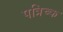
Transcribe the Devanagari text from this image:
पत्रिच्क